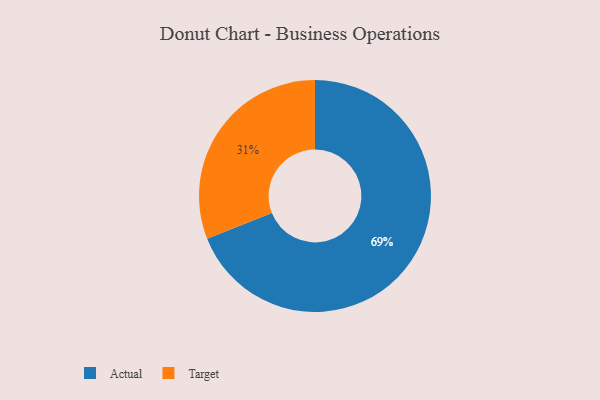
{"axis": {"x": "Category", "y": "Percentage"}, "legend": ["Actual", "Target"], "data": [{"x": "Target", "y": 31, "type": "Target"}, {"x": "Actual", "y": 69, "type": "Actual"}]}